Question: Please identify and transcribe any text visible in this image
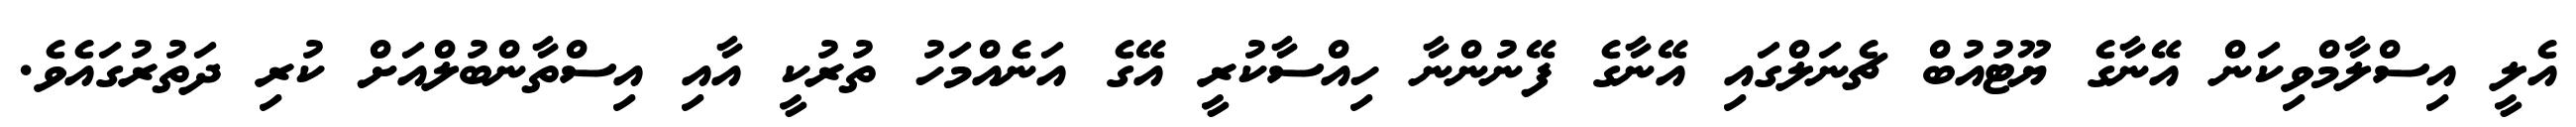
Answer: އެލީ އިސްލާމްވިކަން އޭނާގެ ޔޫޓުއުބް ޗެނަލްގައި އޭނާގެ ފޭނުންނާ ހިއްސާކުރީ އޭގެ އަނެއްމަހު ތުރުކީ އާއި އިސްތާންބުލްއަށް ކުރި ދަތުރުގައެވެ.